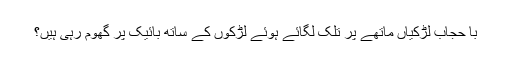
با حجاب لڑکیاں ماتھے پر تلک لگائے ہوئے لڑکوں کے ساتھ بائیک پر گھوم رہی ہیں؟